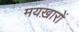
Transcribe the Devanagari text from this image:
मयख़ारों